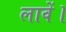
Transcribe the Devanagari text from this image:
लावें।